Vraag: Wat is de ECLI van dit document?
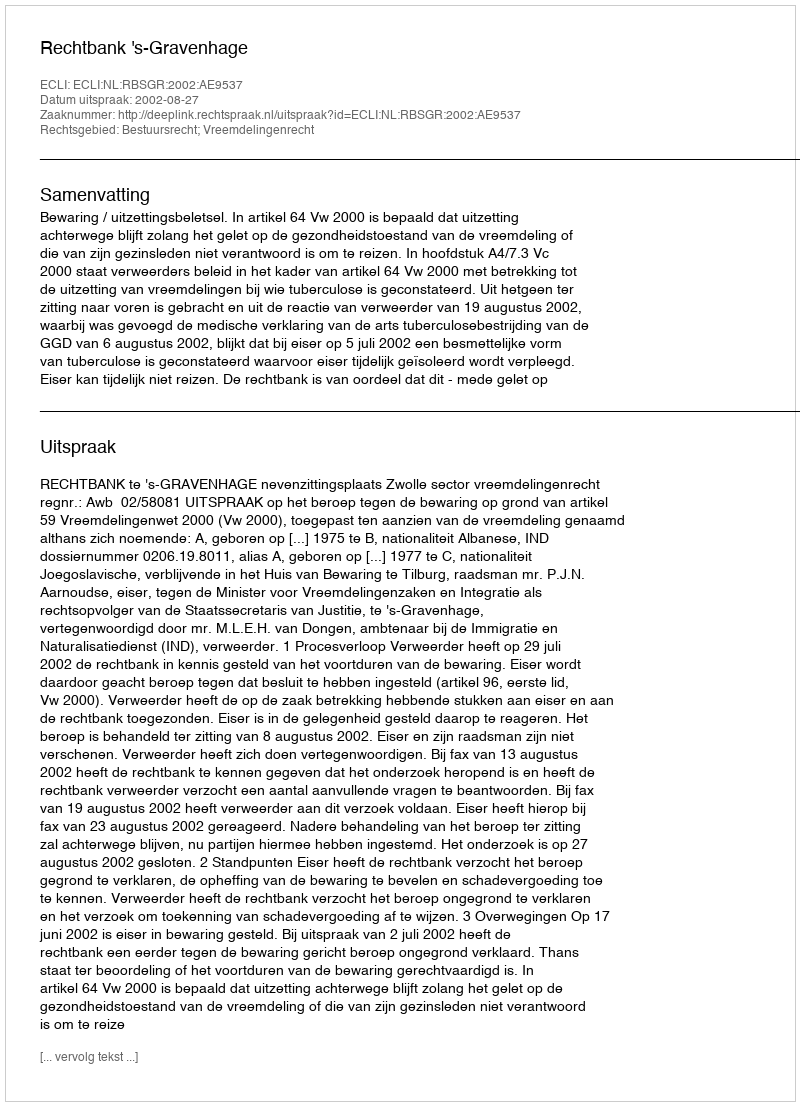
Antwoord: ECLI:NL:RBSGR:2002:AE9537